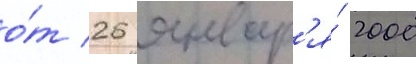
о́т 26 январ'я́ 2000